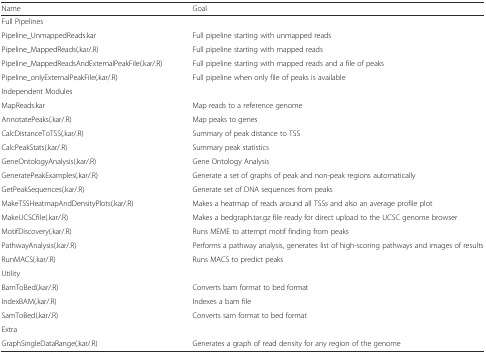
| Name | Goal |
 | --- | --- |
 | <COLSPAN=2> Full Pipelines |
 | Pipeline_UnmappedReads.kar | Full pipeline starting with unmapped reads |
 | Pipeline_MappedReads(.kar/.R) | Full pipeline starting with mapped reads |
 | Pipeline_MappedReadsAndExternalPeakFile(.kar/.R) | Full pipeline starting with mapped reads and a file of peaks |
 | Pipeline_onlyExternalPeakFile(.kar/.R) | Full pipeline when only file of peaks is available |
 | <COLSPAN=2> Independent Modules |
 | MapReads.kar | Map reads to a reference genome |
 | AnnotatePeaks(.kar/.R) | Map peaks to genes |
 | CalcDistanceToTSS(.kar/.R) | Summary of peak distance to TSS |
 | CalcPeakStats(.kar/.R) | Summary peak statistics |
 | GeneOntologyAnalysis(.kar/.R) | Gene Ontology Analysis |
 | GeneratePeakExamples(.kar/.R) | Generate a set of graphs of peak and non-peak regions automatically |
 | GetPeakSequences(.kar/.R) | Generate set of DNA sequences from peaks |
 | MakeTSSHeatmapAndDensityPlots(.kar/.R) | Makes a heatmap of reads around all TSSs and also an average profile plot |
 | MakeUCSCfile(.kar/.R) | Makes a bedgraph.tar.gz file ready for direct upload to the UCSC genome browser |
 | MotifDiscovery(.kar/.R) | Runs MEME to attempt motif finding from peaks |
 | PathwayAnalysis(.kar/.R) | Performs a pathway analysis, generates list of high-scoring pathways and images of results |
 | RunMACS(.kar/.R) | Runs MACS to predict peaks |
 | <COLSPAN=2> Utility |
 | BamToBed(.kar/.R) | Converts bam format to bed format |
 | IndexBAM(.kar/.R) | Indexes a bam file |
 | SamToBed(.kar/.R) | Converts sam format to bed format |
 | <COLSPAN=2> Extra |
 | GraphSingleDataRange(.kar/.R) | Generates a graph of read density for any region of the genome |